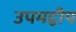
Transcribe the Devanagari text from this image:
उपमद्वीप